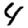
Digit: 4